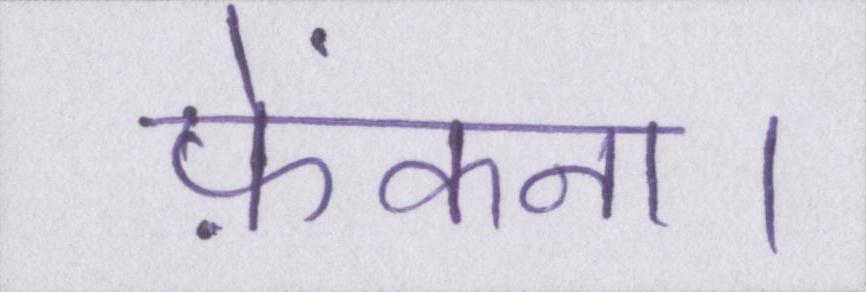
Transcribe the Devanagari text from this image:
फ़ेंकना।